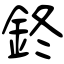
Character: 鉖